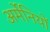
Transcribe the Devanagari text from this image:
अर्मेनियों